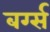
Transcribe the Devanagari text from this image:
बर्ग्स